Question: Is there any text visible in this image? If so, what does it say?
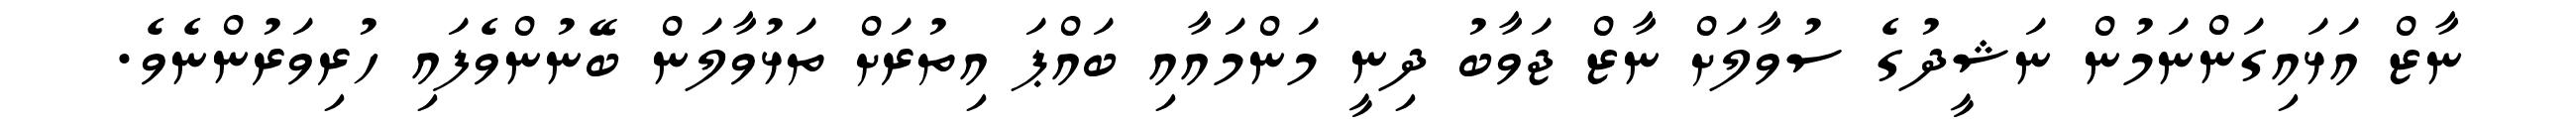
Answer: ނާޒް އަޅައިގަންނަމުން ނަޝީދުގެ ސުވާލަށް ނާޒް ޖަވާބު ދިނީ މަންމައާއި ބައްޕަ އިތުރަށް ތަޅުވާލަން ބޭނުންވެފައި ހުރިވަރުންނެވެ.